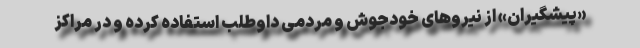
«پیشگیران» از نیروهای خودجوش و مردمی داوطلب استفاده کرده و در مراکز